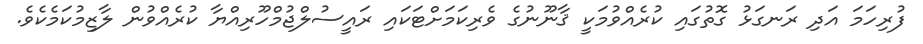
ފުރިހަމަ އަދި ރަނގަޅު ގޮތުގައި ކުރެއްވުމަކީ ޤާނޫނުގެ ވެރިކަމަށްޓަކައި ރައީސުލްޖުމްހޫރިއްޔާ ކުރެއްވުން ލާޒިމުކަމެކެވެ.